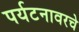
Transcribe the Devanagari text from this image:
पर्यटनावरचे